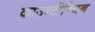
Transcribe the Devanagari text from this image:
काउन्टीरियन